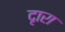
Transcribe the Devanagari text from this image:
दृारा